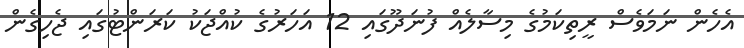
އެހެން ނަމަވެސް ރީތިކަމުގެ މިސާލެއް ފުނަދޫގައި 12 އަހަރުގެ ކުއްޖަކު ކަރަންޓުގައި ޖެހިގެން